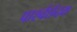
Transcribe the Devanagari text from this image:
पार्श्वछेदक